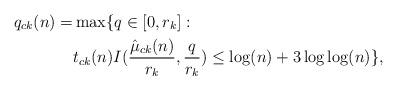
LaTeX: \begin{align*}q_{ck}(n) =& \max \{q\in [0,r_k]: \\& t_{ck}(n)I({\hat{\mu}_{ck}(n)\over r_k},{q\over r_k})\le \log(n)+3\log\log(n)\},\end{align*}